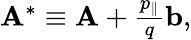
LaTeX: \begin{array}{r}{{\mathbf A}^{*}\equiv{\mathbf A}+\frac{p_{\| }}{q}{\mathbf b},}\end{array}